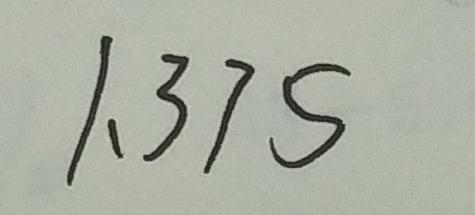
1 . 3 7 5